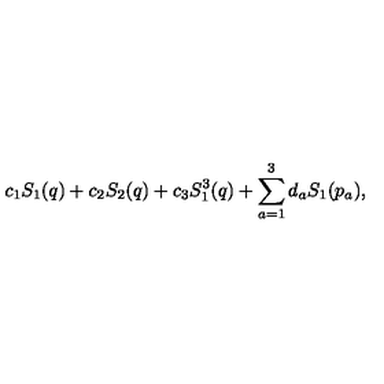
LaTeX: c _ { 1 } S _ { 1 } ( q ) + c _ { 2 } S _ { 2 } ( q ) + c _ { 3 } S _ { 1 } ^ { 3 } ( q ) + \sum _ { a = 1 } ^ { 3 } d _ { a } S _ { 1 } ( p _ { a } ) ,